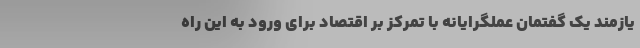
یازمند یک گفتمان عملگرایانه با تمرکز بر اقتصاد برای ورود به این راه